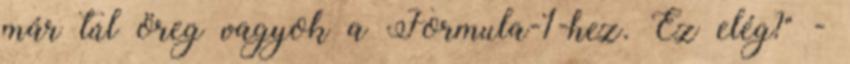
már túl öreg vagyok a Formula-1-hez. Ez elég?" -